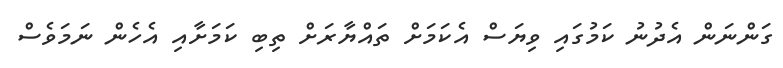
ގަންނަން އެދުނު ކަމުގައި ވިޔަސް އެކަމަށް ތައްޔާރަށް ތިބި ކަމަށާއި އެހެން ނަމަވެސް